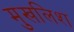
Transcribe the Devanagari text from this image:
मुखलिश